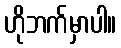
ဟိုဘက်မှာပါ။